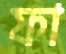
ফা